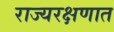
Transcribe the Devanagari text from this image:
राज्यरक्षणात